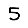
Digit: 5